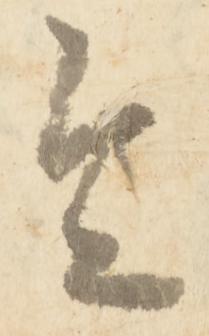
令